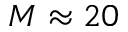
M \approx 2 0